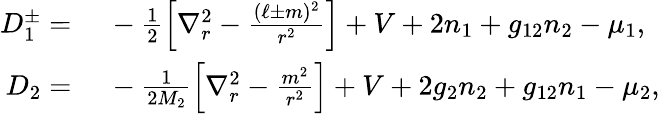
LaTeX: \begin{array}{rl}{D_{1}^{\pm}=}&{\ -\frac{1}{2}\left[\nabla_{r}^{2}-\frac{(\ell\pm m)^{2}}{r^{2}}\right]+V+2n_{1}+g_{12}n_{2}-\mu_{1},}\\ {D_{2}=}&{\ -\frac{1}{2M_{2}}\left[\nabla_{r}^{2}-\frac{m^{2}}{r^{2}}\right]+V+2g_{2}n_{2}+g_{12}n_{1}-\mu_{2},}\end{array}